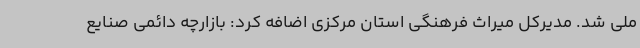
ملی شد. مدیرکل میراث فرهنگی استان مرکزی اضافه کرد: بازارچه دائمی صنایع